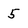
Character: 5